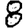
Digit: 8